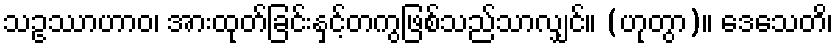
သဥဿာဟာဝ၊ အားထုတ်ခြင်းနှင့်တကွဖြစ်သည်သာလျှင်။ (ဟုတွာ)။ ဒေသေတိ၊